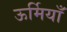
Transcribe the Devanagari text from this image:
ऊर्मियाँ